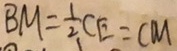
B M = \frac { 1 } { 2 } C E = C M